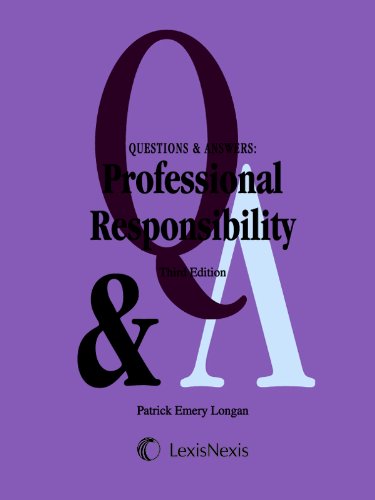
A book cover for Questions & Answers: Professional Responsibility; Patrick Emery Longan; Law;